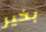
بخير